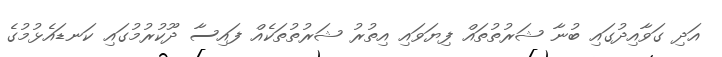
އަދި ގަވާއިދުގައި ބުނާ ޝަރުތުތައް ފިޔަވައި އިތުރު ޝަރުތުތަކެއް ފައިސާ ދޫކުރުމުގައި ކަނޑައެޅުމުގެ